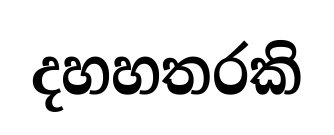
දහහතරකි